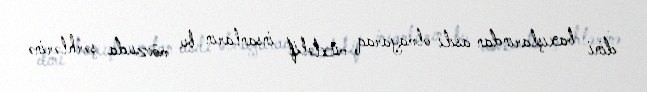
dini baxışlarından asılı olmayaraq müxtəlif insanların bu mövzuda şərhlərinə